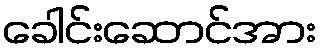
ခေါင်းဆောင်အား